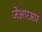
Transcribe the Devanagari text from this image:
जेआरआर